Lunatic asylums Madras 1892-1911 - 1892-1911
Year: 1892
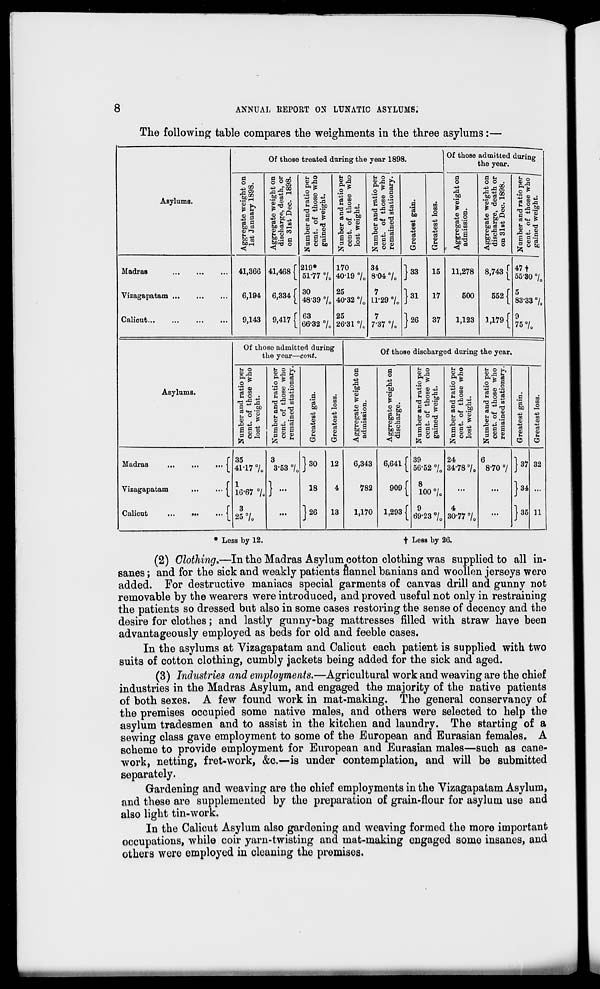
8
ANNUAL EEPORT ON LUNATIC ASYLUMS.
The following table compares the weighments in the three asylums:—
Asylums.
Of those treated during the year 1898.
Of those admitted during
the year.
Aggregate weight on
1st January 1898.
Aggregate weight on
discharge, death, or
on 31st Dec. 1898.
Number and ratio per
cent, of those who
gained weight.
Number and ratio per
cent, of those who
lost weight.
Number and ratio per
cent, of those who
remained stationary.
d
'3
bo
43
00
S
oi
o
CO
co
O
43
en
43
9
S
C5
Aggregate weight on
admission.
Aggregate weight on
discharge, death or
on 31st Dec. 1898.
Namber and ratio per
cent, of those who 1
gained weight.
1
Madras
Vizagapatam
Caliout
41,366
6,194
9,143
41,468 f
6,334 [
9,417 [
219*
51-77 °/ 0
30
48-39 7„
63
66-32 7„
170
40-19 7„
25
40-32 7 0
25
26-31 °/ c
34
8-04 °/ 0
7
11-29 °/ 0
7
7-37 7c
j 33
J26
15
17
37
11,278
500
1,123
8,743 f
552 [
1,179 [
47 f
55-30 °/ 0
5
83-33 7,
9
75 7c
Asylums.
Of those admitted during
the year—cont.
Of those discharged during the year.
Number and ratio per
cent, of those who
lost weight.
Number and ratio per
cent, of those who
remained stationary.
a
'3
so
43
CO
5
43
cS
4)
N
o
CO
CO
o
<D
5
d
o
43.
rd
.bD
'33
* ,
g/g
Aggregate weight on
discharge.
Number and ratio per
cent, of those who
gained weight.
Number and ratio per
cent, of those who
lost weight.
Number and ratio per
cent, of those who
remained stationary.
d
'3
Go
43
GO
CD
"a
CD
R
CO
CO
^O
43
CO
co
d
V
fa
o
Madras
\
Vizagapatam
...
... j
Calicut
...
•••
... \
35
41-17 7c
1
16-67 7c
3
25 7c
3
3-53 7 0 J30
18
J26
12
4
13
6,343
782
1,170
6,641 f
909 f
1,293 f
39
56-52 •/,
8
100 °/ 0
9
69-23 °/ 0
24
34-78 °/ 0
4
30-77 °/ 0
6
8-70 7 J37
J34
J35
32
11
* Less by 12.
+ Less by 26.
(2) Clothing,—In the Madras Asylum cotton clothing was supplied to all in-
sanes; and for the sick and weakly patients flannel banians and woollen jerseys were
added. For destructive maniacs special garments of canvas drill and gunny not
removable by the wearers were introduced, and proved useful not only in restraining
the patients so dressed but also in some cases restoring the sense of decency and the
desire for clothes; and lastly gunny-bag mattresses filled with straw have been
advantageously employed as beds for old and feeble cases.
In the asylums at Vizagapatam and Calicut each patient is supplied with two
suits of cotton clothing, cumbly jackets being added for the sick and aged.
(3) Industries and employments.—Agricultural work and weaving are the chief
industries in the Madras Asylum, and engaged the majority of the native patients
of both sexes. A few found work in mat-making. The general conservancy of
the premises occupied some native males, and others were selected to help the
asylum tradesmen and to assist in the kitchen and laundry. The starting of a
sewing class gave employment to some of the European and Eurasian females. A
scheme to provide employment for European and Eurasian males—such as cane-
work, netting, fret-work, &c.—is under contemplation, and will be submitted
separately.
Gardening and weaving are the chief employments in the Vizagapatam Asylum,
and these are supplemented by the preparation of grain-flour for asylum use and
also light tin-work.
In the Calicut Asylum also gardening and weaving formed the more important
occupations, while coir yarn-twisting and mat-making engaged some insanes, and
others were employed in cleaning the premises.